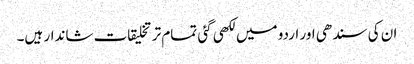
ان کی سندھی اور اردو میں لکھی گئی تمام تر تخلیقات شاندار ہیں۔